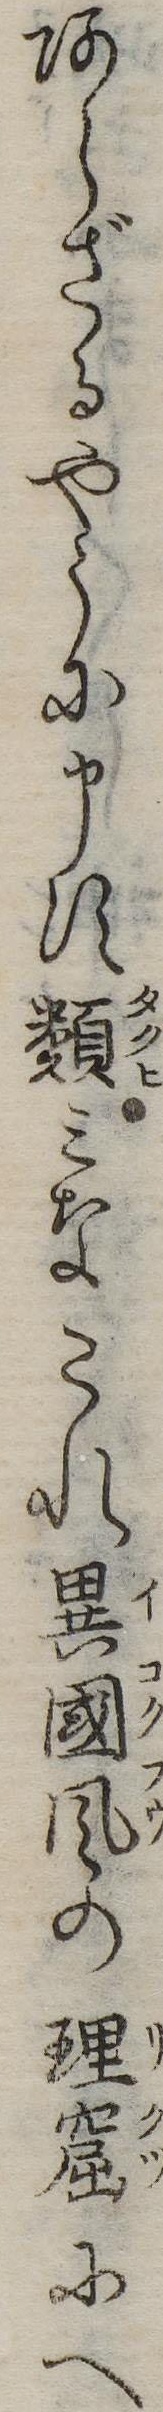
あらざるやうに申す類みなこれ異国風の理窟にへ